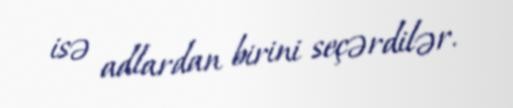
isə adlardan birini seçərdilər.